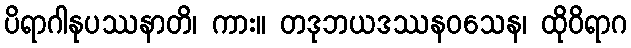
ပိရာဂါနုပဿနာတိ၊ ကား။ တဒုဘယဒဿနဝသေန၊ ထိုဝိရာဂ